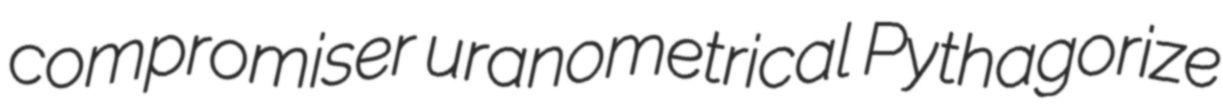
compromiser uranometrical Pythagorize